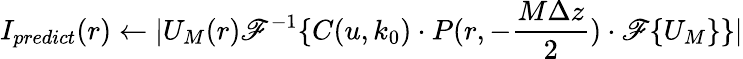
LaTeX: I_{predict}(r)\gets|U_{M}(r)\mathscr{F}^{-1}\{ C(u,k_{0})\cdot{P(r,-\frac{M\Delta z}{2})\cdot\mathscr{F}\{ U_{M}\} }\} |